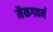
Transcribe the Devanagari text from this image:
मैकगवर्न